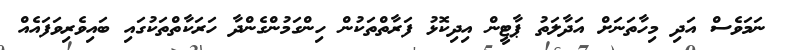
ނަމަވެސް އަދި މިހާތަނަށް އަދާލަތު ޕާޓީން އިދިކޮޅު ފަރާތްތަކުން ހިންގަމުންގެންދާ ހަރަކާތްތަކުގައި ބައިވެރިވަފައެއް